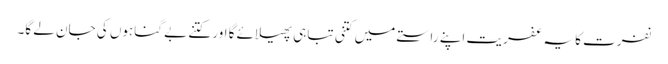
نفرت کا یہ عفریت اپنے راستے میں کتنی تباہی پھیلائے گا اور کتنے بے گناہوں کی جان لے گا۔